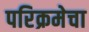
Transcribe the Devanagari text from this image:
परिक्रमेचा